Civil Veterinary Dept. North-West Frontier Province 1901-22 - 1901-1922
Year: 1901
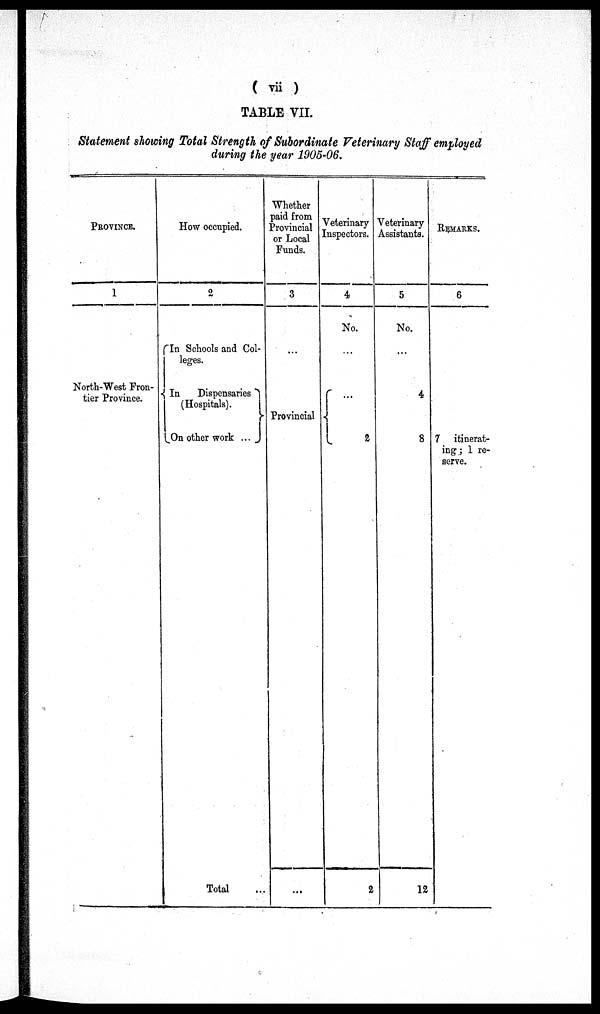
( vii )
TABLE VII.
Statement showing Total Strength of Subordinate Veterinary Staff employed
during the year 1905-06.
PROVINCE.
1
North-West Fron-
tier Province.
How occupied.
2
In Schools and Col-
leges.
In
Dispensaries
(Hospitals).
On other work ...
Total
...
Whether
paid from
Provincial
or Local
Funds.
3
...
Provincial
...
Veterinary
Inspectors.
4
No.
...
...
2
2
Veterinary
Assistants.
5
No.
...
4
8
12
REMARKS.
6
7 itinerat-
ing; 1 re-
serve.